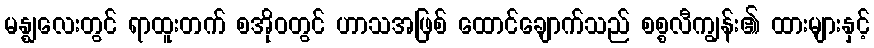
မန္ဈလေးတွင် ရာထူးတက် စအိုဝတွင် ဟာသအဖြစ် ထောင်ချောက်သည် စစ္စလီကျွန်း၏ ထားများနှင့်